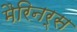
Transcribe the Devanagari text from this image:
मैरिनर्स